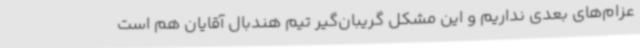
عزام‌های بعدی نداریم و این مشکل گریبان‌گیر تیم هندبال آقایان هم است